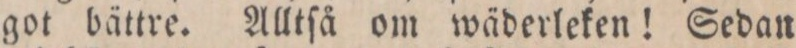
got bättre. Alltſå om wäderleken! Sedan